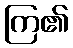
ကြ၏